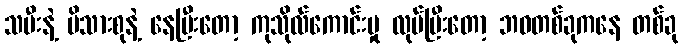
သမီးနဲ့ မိသားစုနဲ့ နေပြီးတော့ ကုသိုလ်ကောင်းမှု လုပ်ပြီးတော့ ဘဝတစ်ခုကနေ တစ်ခု